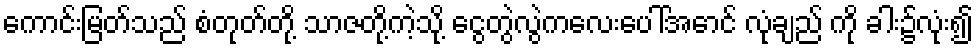
ကောင်းမြတ်သည် စံတုတ်တို့ သာဇတို့ကဲ့သို့ ငွေတွဲလွဲကလေးပေါ်အောင် လုံချည် ကို ခါး၌လုံး၍